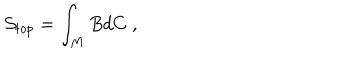
\mathcal { S } _ { t o p } = \int _ { M } B d C \; ,